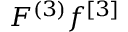
F ^ { ( 3 ) } f ^ { [ 3 ] }